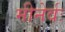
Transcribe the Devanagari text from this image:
मीनेर्वः